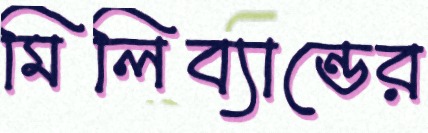
মিলিব্যান্ডের